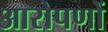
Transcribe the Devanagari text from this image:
आरोपणों